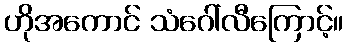
ဟိုအကောင် သံဂေါ်လီကြောင့်။